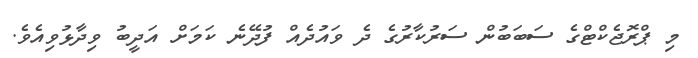
މި ޕްރޮޖެކްޓްގެ ސަބަބުން ސަރުކާރުގެ ދެ ވައުދެއް ފުދޭނެ ކަމަށް އަދީބު ވިދާޅުވިއެވެ.